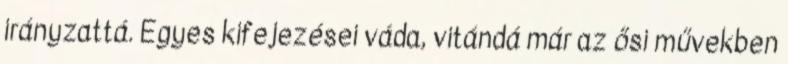
irányzattá. Egyes kifejezései váda, vitándá már az ősi művekben